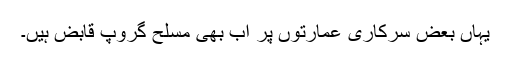
یہاں بعض سرکاری عمارتوں پر اب بھی مسلح گروپ قابض ہیں۔